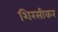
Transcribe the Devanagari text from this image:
शिरसीकर